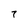
Character: 7